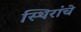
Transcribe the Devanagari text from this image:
स्थिरांचे